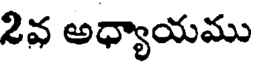
2వ అధ్యాయము